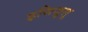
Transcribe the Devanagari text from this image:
इसिज़ुलु